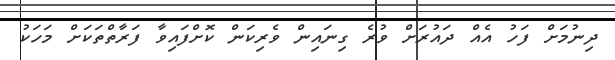
ދިނުމަށް ފަހު އެއް ދައުރަށް ވުރެ ގިނައިން ވެރިކަން ކޮށްފައިވާ ފަރާތްތަކަށް މަހަކު